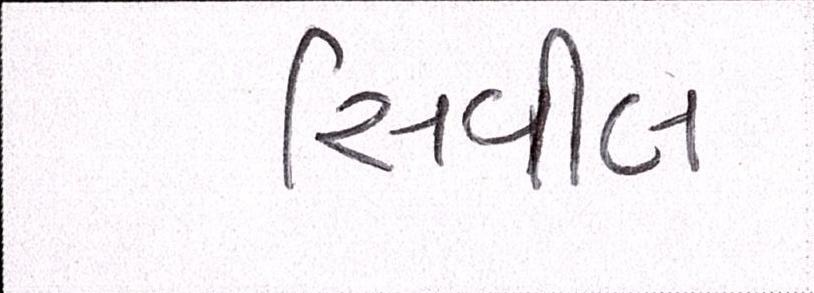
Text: સિવીલ